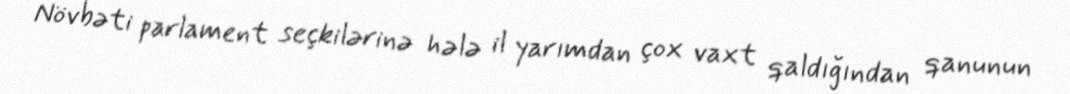
Növbəti parlament seçkilərinə hələ il yarımdan çox vaxt qaldığından qanunun